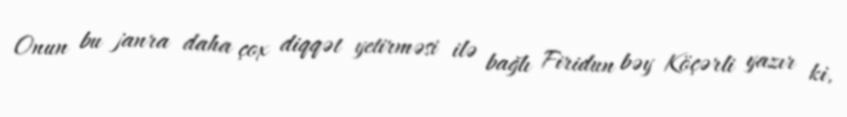
Onun bu janra daha çox diqqət yetirməsi ilə bağlı Firidun bəy Köçərli yazır ki,